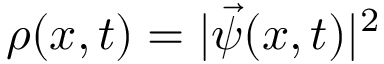
\rho ( x , t ) = | \vec { \psi } ( x , t ) | ^ { 2 }